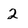
Character: 2